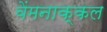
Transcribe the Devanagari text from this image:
वेंमनाक्कल